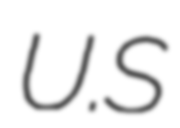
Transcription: U.S